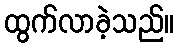
ထွက်လာခဲ့သည်။